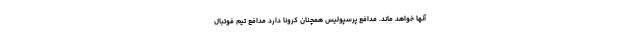
آنها خواهد ماند. مدافع پرسپولیس همچنان کرونا دارد مدافع تیم فوتبال